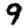
Digit: 9